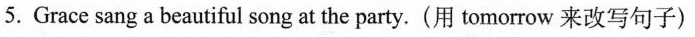
5.Grace sang a beautiful song at the party.(用 tomorrow来改写句子)